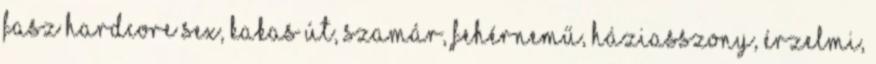
Fasz hardcore sex, kakas út, szamár, fehérnemű, háziasszony, érzelmi,